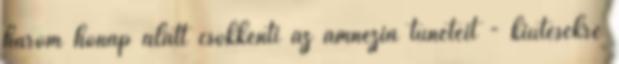
három hónap alatt csökkenti az amnézia tüneteit - kiütésekre